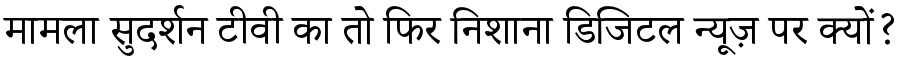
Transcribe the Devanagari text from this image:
मामला सुदर्शन टीवी का तो फिर निशाना डिजिटल न्यूज़ पर क्यों?